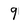
Character: 9